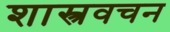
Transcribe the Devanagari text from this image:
शास्त्रवचन